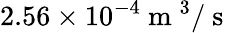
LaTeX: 2.56\times 10^{-4}\mathrm{~m~}^{3}/\mathrm{~s~}